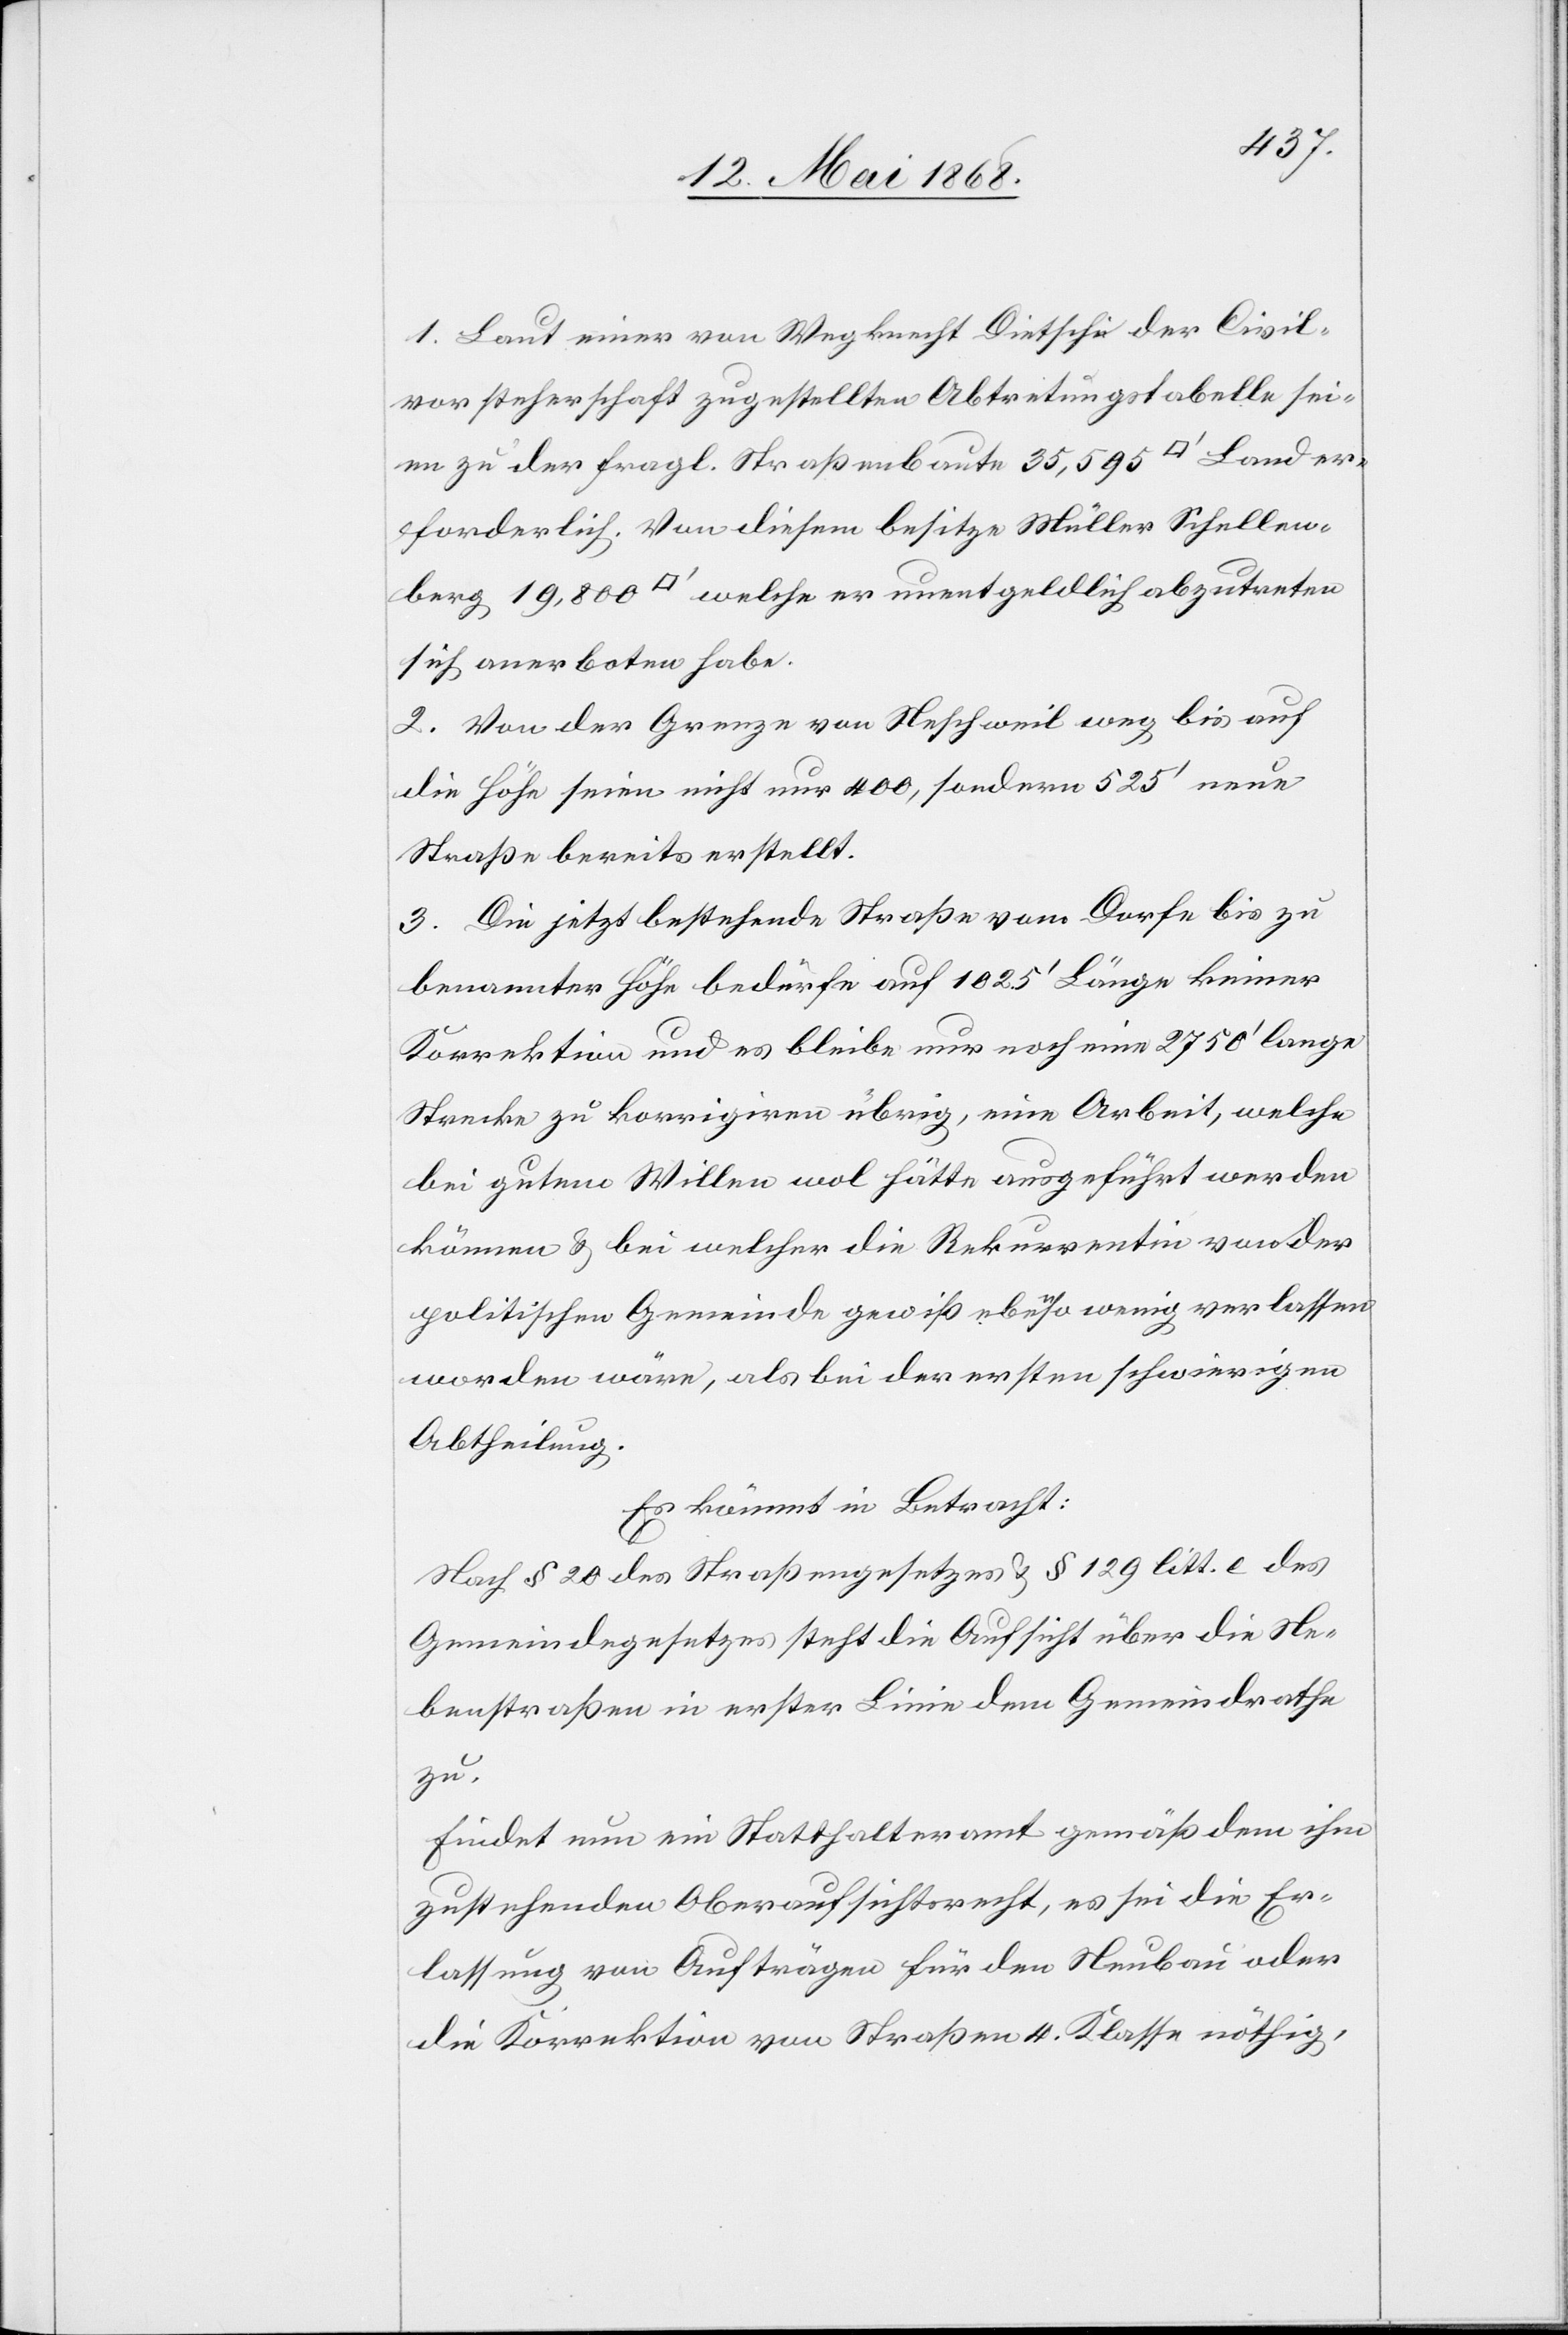
1. Laut einer von Wegknecht Dietschi der Civil¬
vorsteherschaft zugestellten Abtretungstabelle sei¬
en zu der fragl. Straßenbaute 35,595 [Quadratfuß] Land er¬
forderlich. Von diesem besitze Müller Schellen¬
berg 19,800 [Quadratfuß] welche er unentgeldlich abzutreten
sich anerboten habe.
2. Von der Grenze von Neschweil weg bis auf
die Höhe seien nicht nur 400, sondern 525‘ neue
Straße bereits erstellt.
3. Die jetzt bestehende Straße vom Dorfe bis zu
benannter Höhe bedürfe auf 1025‘ Länge keiner
Korrektion und es bleibe nur noch eine 2750‘ lange
Strecke zu korrigiren übrig, eine Arbeit, welche
bei gutem Willen wol hätte ausgeführt werden
können & bei welcher die Rekurrentin von der
politischen Gemeinde gewiß ebenso wenig verlassen
worden wäre, als bei der ersten schwierigen
Abtheilung.
Es kömmt in Betracht:
Nach § 20 des Straßengesetzes & § 129 litt. e des
Gemeindegesetzes steht die Aufsicht über die Ne¬
benstraßen in erster Linie dem Gemeindrathe
zu.
Findet nun ein Statthalteramt gemäß dem ihm
zustehenden Oberaufsichtsrecht, es sei die Er¬
lassung von Aufträgen für den Neubau oder
die Korrektion von Straßen 4. Klasse nöthig,